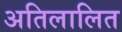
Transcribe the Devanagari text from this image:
अतिलालित